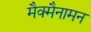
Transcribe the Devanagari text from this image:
मैक्मैनामन